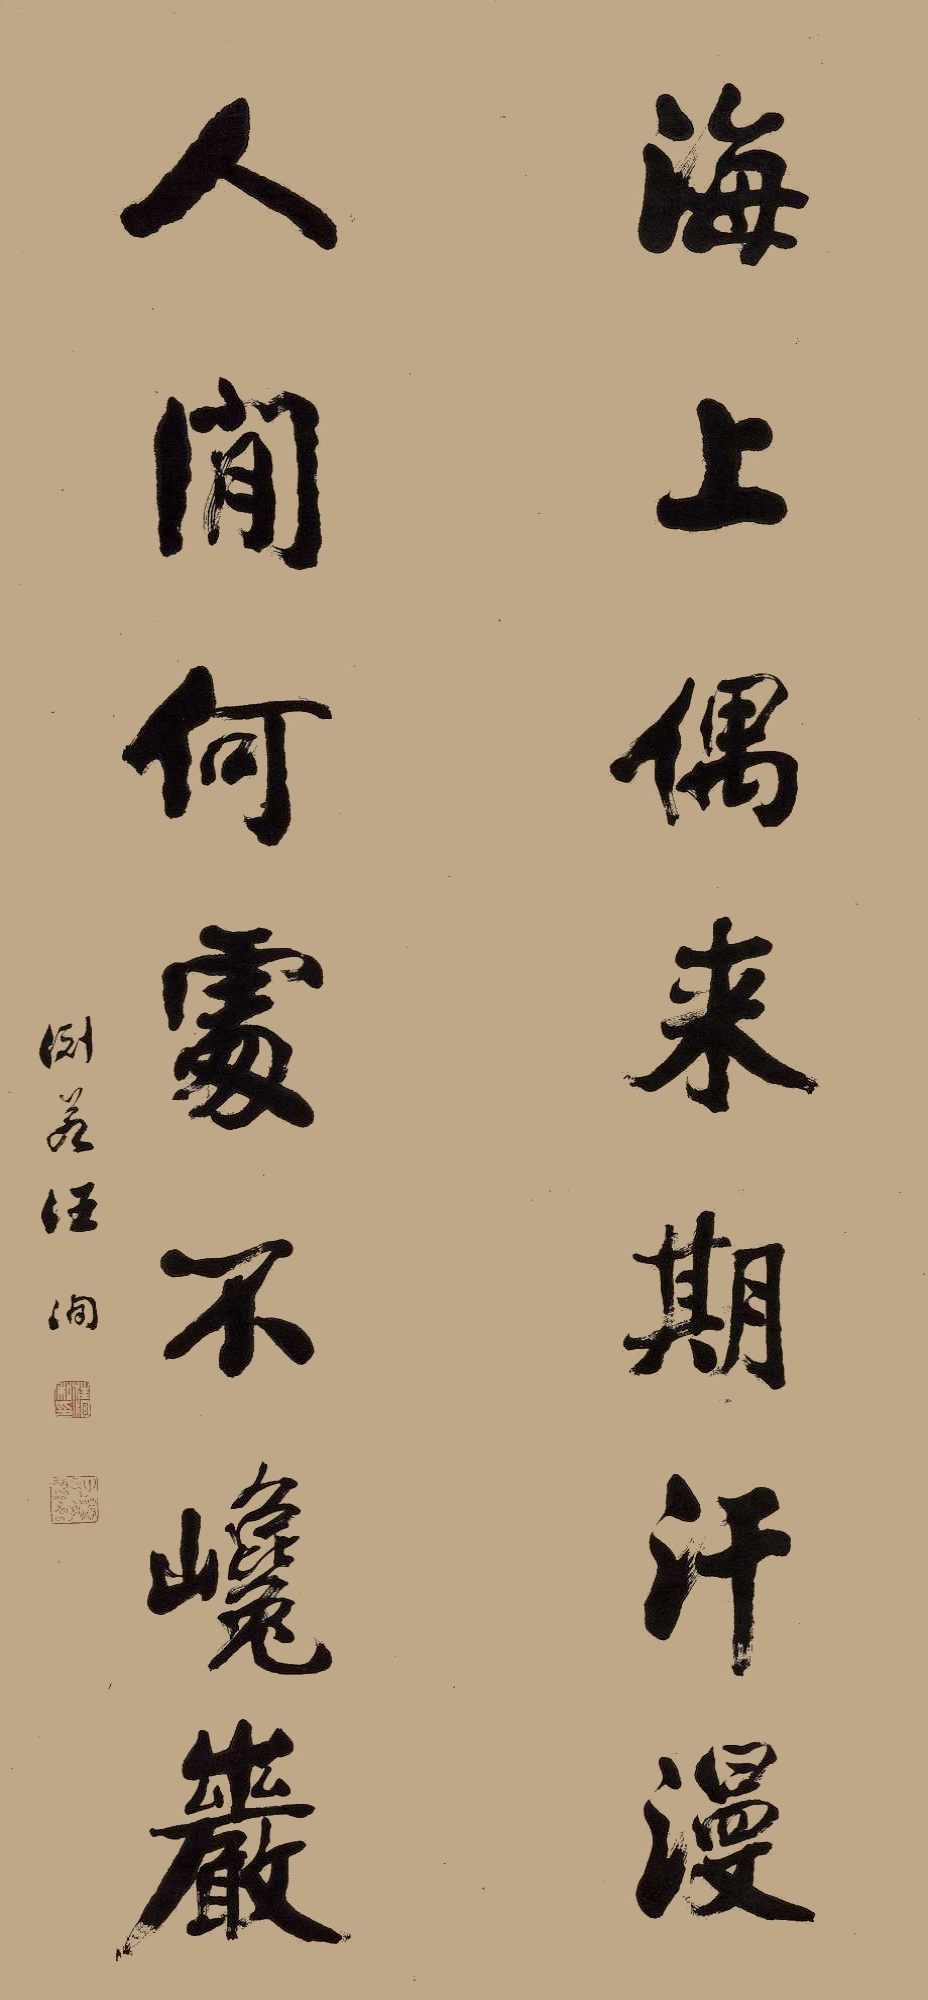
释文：海上偶来期汗漫，人间何处不巉岩。渊若汪洵。